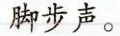
脚步声。